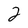
Character: 2